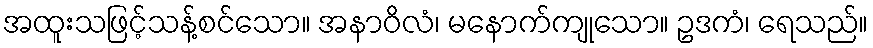
အထူးသဖြင့်သန့်စင်သော။ အနာဝိလံ၊ မနောက်ကျုသော။ ဥဒကံ၊ ရေသည်။